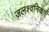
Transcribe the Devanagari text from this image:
जलश्वनिकाएँ